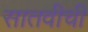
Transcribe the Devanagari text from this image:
सातवीची